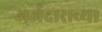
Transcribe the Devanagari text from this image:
अर्जदाराच्या